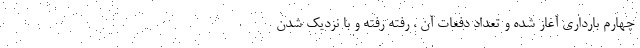
چهارم بارداری آغاز شده و تعداد دفعات آن ، رفته رفته و با نزدیک شدن